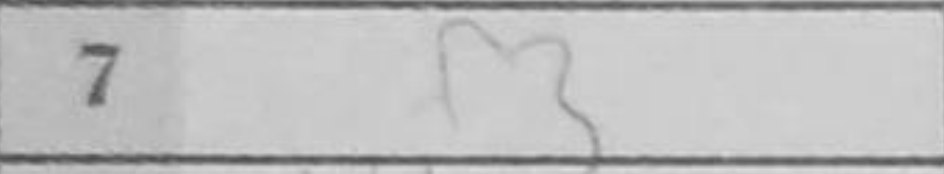
Transcription: f3